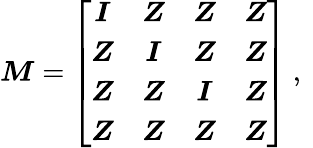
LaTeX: \boldsymbol{M}=\left[\begin{array}{cccc}{\boldsymbol{I}}&{\boldsymbol{Z}}&{\boldsymbol{Z}}&{\boldsymbol{Z}}\\ {\boldsymbol{Z}}&{\boldsymbol{I}}&{\boldsymbol{Z}}&{\boldsymbol{Z}}\\ {\boldsymbol{Z}}&{\boldsymbol{Z}}&{\boldsymbol{I}}&{\boldsymbol{Z}}\\ {\boldsymbol{Z}}&{\boldsymbol{Z}}&{\boldsymbol{Z}}&{\boldsymbol{Z}}\end{array}\right]\mathrm{~,~}